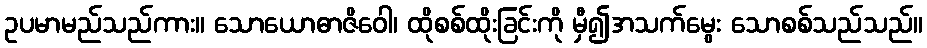
ဥပမာမည်သည်ကား။ သောယောဓာဇိဝေါ၊ ထိုစစ်ထိုးခြင်းကို မှီ၍အသက်မွေး သောစစ်သည်သည်။